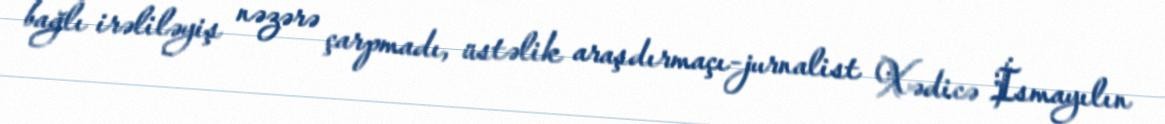
bağlı irəliləyiş nəzərə çarpmadı, üstəlik araşdırmaçı-jurnalist Xədicə İsmayılın